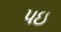
પઇ